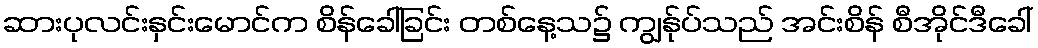
ဆားပုလင်းနှင်းမောင်က စိန်ခေါ်ခြင်း တစ်နေ့သ၌ ကျွန်ုပ်သည် အင်းစိန် စီအိုင်ဒီခေါ်